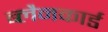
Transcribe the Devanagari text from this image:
ब्लैनकार्ड